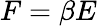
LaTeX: F=\beta E